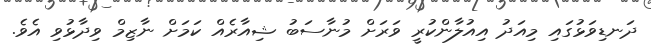
ދަނޑިވަޅުގައި މިއަދު އިއުލާންކުރީ ވަރަށް މުނާސަބު ޝިއާރެއް ކަމަށް ނާޒިމް ވިދާޅުވި އެވެ.